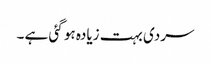
سردی بہت زیادہ ہو گئی ہے ۔